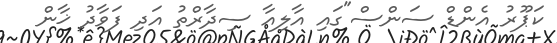
ކަޕޫރު އެންޑް ސަންސް"ގައި އާލިއާ ސިދާރްތު އަދި ފަވާދު ޚާން